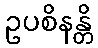
ဥပစိနန္တိ